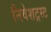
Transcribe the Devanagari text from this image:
निवेशट्रस्ट